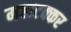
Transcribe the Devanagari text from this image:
महाटक्कर